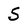
Character: S